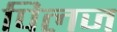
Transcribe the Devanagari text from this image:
पिलज